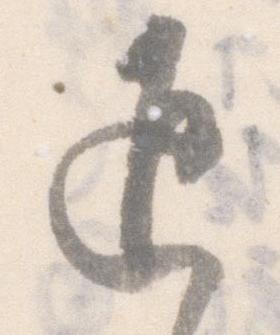
返